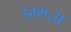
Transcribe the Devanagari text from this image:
३२२५अ